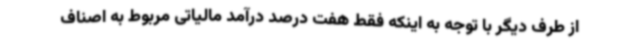
از طرف دیگر با توجه به اینکه فقط هفت درصد درآمد مالیاتی مربوط به اصناف